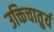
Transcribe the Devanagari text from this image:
उक्तिचातुर्य